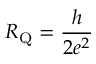
R _ { \mathrm { Q } } = \frac { h } { 2 e ^ { 2 } }